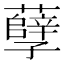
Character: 孽